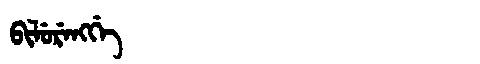
Manchu: ᠪᡳᠯᡠᡵᡝᠩᡤᡝ
Romanization: BILURENGGE